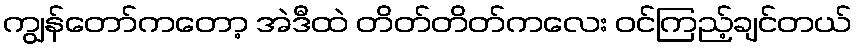
ကျွန်တော်ကတော့ အဲဒီထဲ တိတ်တိတ်ကလေး ဝင်ကြည့်ချင်တယ်